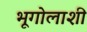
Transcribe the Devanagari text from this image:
भूगोलाशी